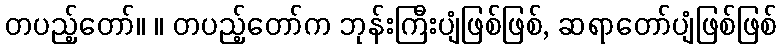
တပည့်တော်။ ။ တပည့်တော်က ဘုန်းကြီးပျံဖြစ်ဖြစ်, ဆရာတော်ပျံဖြစ်ဖြစ်